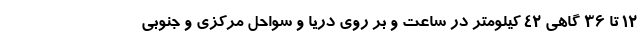
۱۲ تا ۳۶ گاهی ۴۲ کیلومتر در ساعت و بر روی دریا و سواحل مرکزی و جنوبی